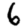
Digit: 6